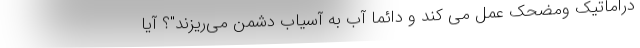
دراماتیک ومضحک عمل می کند و دائما آب به آسیاب دشمن می‌ریزند"؟ آیا